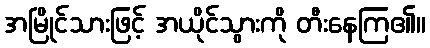
အမြိုင်သားဖြင့် အယိုင်သွားကို တီးနေကြ၏။